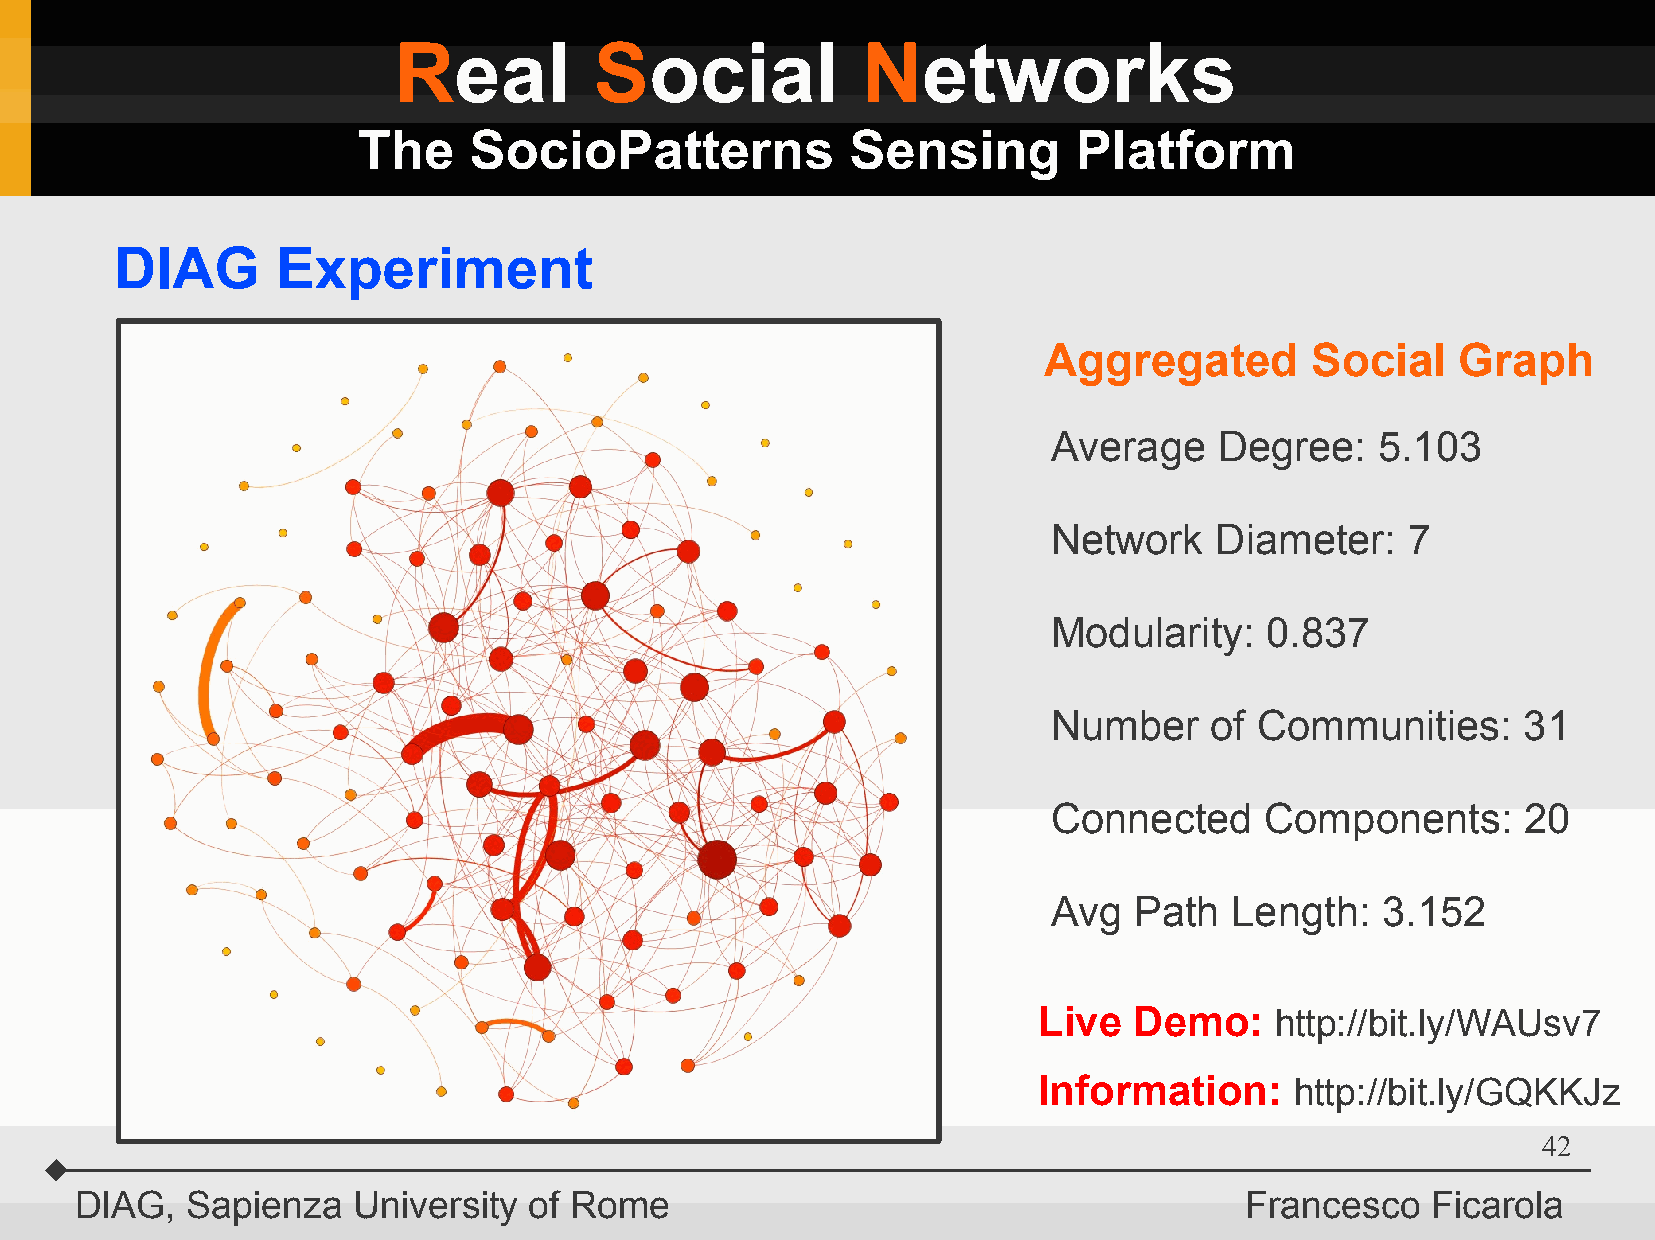
Real         Social            Networks
 The    SocioPatterns            Sensing        Platform
 DIAG      Experiment
 Aggregated        Social    Graph
 Average    Degree:   5.103
 Network   Diameter:    7
 Modularity:   0.837
 Number    of Communities:      31
 Connected     Components:      20
 Avg  Path  Length:   3.152
 Live  Demo:    http://bit.ly/WAUsv7
 Information:     http://bit.ly/GQKKJz
 42
 DIAG,  Sapienza   University  of Rome                                        Francesco    Ficarola